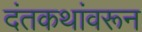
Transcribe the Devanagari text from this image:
दंतकथांवरून